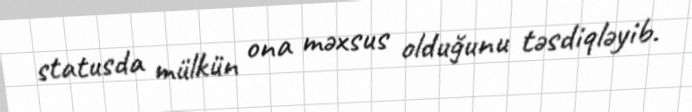
statusda mülkün ona məxsus olduğunu təsdiqləyib.